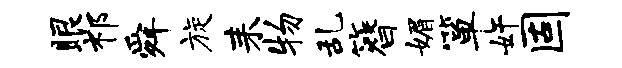
眼祁舜旋耒物乱簪媚箪奸固